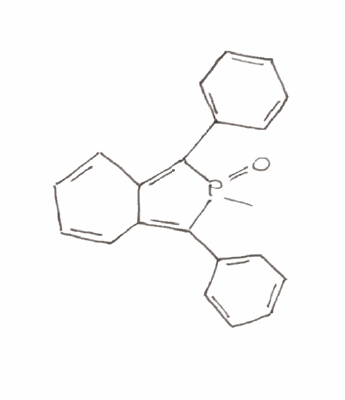
Simplified molecular-input line-entry system (SMILES) notation of the given molecule:
CP1(=O)C(=C2C=CC=CC2=C1C3=CC=CC=C3)C4=CC=CC=C4